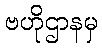
ဗဟိုဌာနမှ